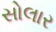
સોલાર